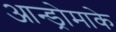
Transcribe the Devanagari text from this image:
आन्ड्रोमाके